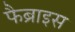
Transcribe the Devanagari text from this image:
फैब्राइस